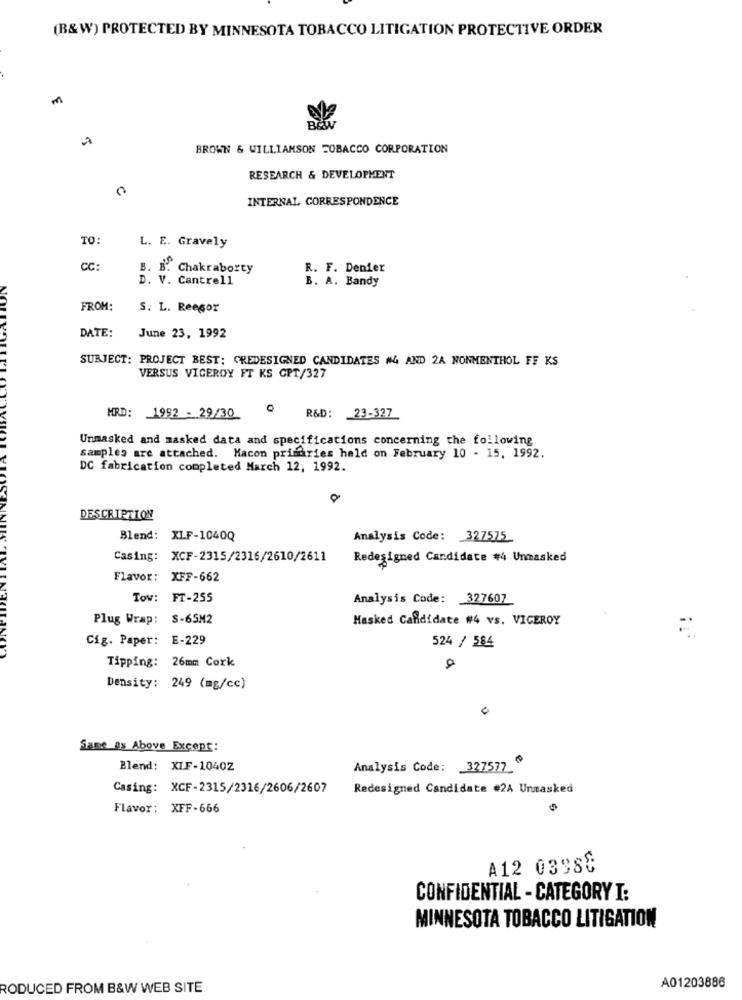
(B&W) PROTECTED BY MINNESOTA TOBACCO LITIGATION PROTECTIVE ORDER
m
BeW
BROWN & WILLIAMSON TOBACCO CORPORATION
RESEARCH & DEVELOPMENT
C
INTERNAL CORRESPONDENCE
TO
L. E. Gravely
CC:
B. B. Chakraborty
R. F. Denier
D. V. Cantrell
B. A. Bandy
FROM:
S. L. Reegor
DATE:
June 23, 1992
SUBJECT: PROJECT BEST: CREDESIGNED CANDIDATES #4 AND 2A NONMENTHOL FF KS
VERSUS VICEROY FT KS CPT/327
HRD: 1992 - 29/30
R&D: 23-327
Unmasked and masked data and specifications concerning the following
samples are attached. Macon primaries held on February 10 - 15, 1992.
DC fabrication completed March 12, 1992.
DESCRIPTION
Blend: XLF-1040Q
Analysis Code: 327575
Casing: XCF-2315/2316/2610/2611
Redesigned Candidate #4 Unmasked
Flavor: XFF-662
Tow: FT-255
Analysis Code: 327607
Plug Wrap: S-65M2
Masked Candidate #4 vs. VICEROY
Cig. Paper: E-229
524 / 584
Tipping: 26mm Cork
a
Density: 249 (mg/cc)
Same as Above Except:
Blend: XLF-10402
Analysis Code: 327577
Casing: XCF-2315/2316/2606/2607
Redesigned Candidate #2A Unmasked
Flavor: XFF-666
A12 0398℃
CONFIDENTIAL - CATEGORY I:
MINNESOTA TOBACCO LITIGATION
A01203886
RODUCED FROM B&W WEB SITE